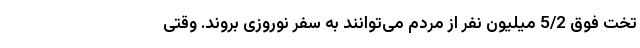
تخت فوق 5/2 میلیون نفر از مردم می‌توانند به سفر نوروزی بروند. وقتی